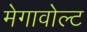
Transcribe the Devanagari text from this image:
मेगावोल्ट